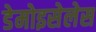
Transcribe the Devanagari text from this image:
डेमोइसेलेस